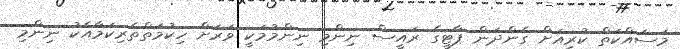
މަސައްކަތް ކުރިއަށް ގެންދަން ޕާޓީގެ ރައީސް ނިންމި ނިންމުމަކީ ވަރަށް ހިކުމަތްތެރިކަމާއެކު ނިންމި